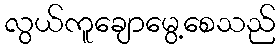
လွယ်ကူချောမွေ့စေသည်